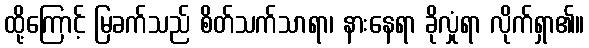
ထို့ကြောင့် မြခက်သည် စိတ်သက်သာရာ၊ နားနေရာ ခိုလှုံရာ လိုက်ရှာ၏။